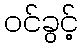
ဝင်ခွင့်